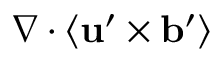
\nabla \cdot \langle { { \bf { u } } ^ { \prime } \times { \bf { b } } ^ { \prime } } \rangle